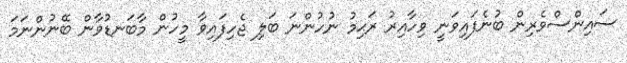
ސައިންސްވެރިން ބުނެފައިވަނީ ވިހާއިރު ރަޙިމު ނުހުންނަ ބަލި ޖެހިފައިވާ މީހުން މާބަނޑުވާން ބޭނުންނަމަ